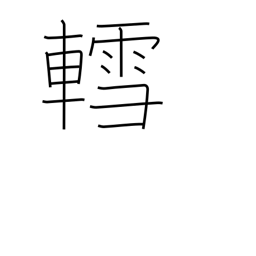
Meaning: sled